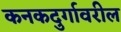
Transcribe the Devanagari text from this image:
कनकदुर्गावरील